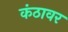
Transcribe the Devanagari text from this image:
कंठावर